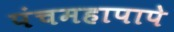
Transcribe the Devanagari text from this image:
पंचमहापापे